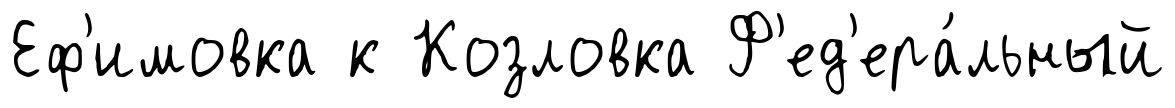
Еф'имовка к Козловка Ф'ед'ера́льный